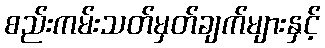
စည်းကမ်းသတ်မှတ်ချက်များနှင့်